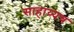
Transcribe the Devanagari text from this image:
साहाय्यच